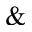
\&